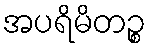
အပရိမိတဉ္စ